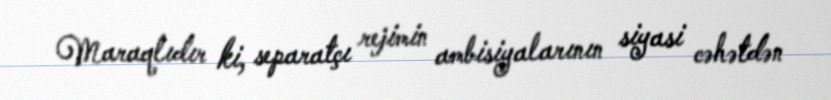
Maraqlıdır ki, separatçı rejimin ambisiyalarının siyasi cəhətdən